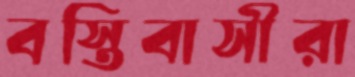
বস্তিবাসীরা